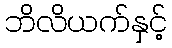
ဘိလိယက်နှင့်